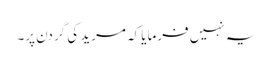
یہ نہیں فرمایا کہ مرید کی گردن پر۔